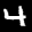
Label: 4